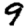
Digit: 9